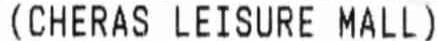
(CHERAS LEISURE MALL)